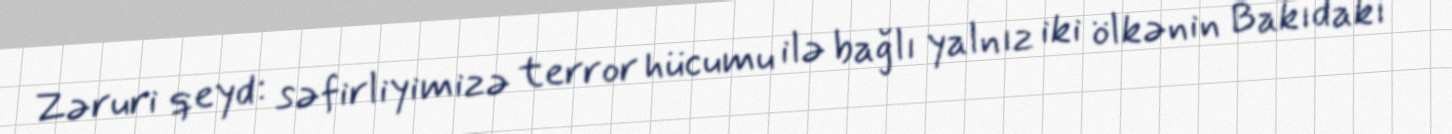
Zəruri qeyd: səfirliyimizə terror hücumu ilə bağlı yalnız iki ölkənin Bakıdakı